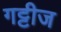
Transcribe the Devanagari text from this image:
गट्टीज